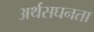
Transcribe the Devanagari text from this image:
अर्थसघनता